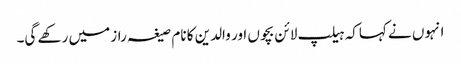
انہوں نے کہاکہ ہیلپ لائن بچوں اور والدین کا نام صیغہ راز میں رکھے گی۔